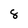
Character: 8